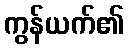
ကွန်ယက်၏